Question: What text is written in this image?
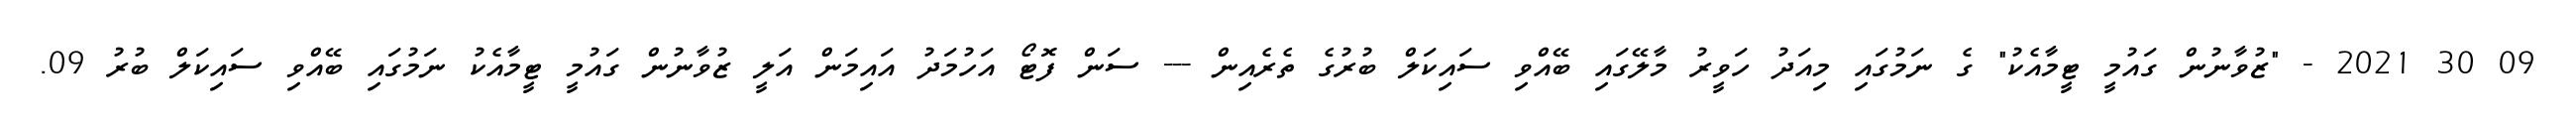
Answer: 09 30 2021 - "ޒުވާނުން ގައުމީ ޓީމާއެކު" ގެ ނަމުގައި މިއަދު ހަވީރު މާލޭގައި ބޭއްވި ސައިކަލް ބުރުގެ ތެރެއިން --- ސަން ފޮޓޯ އަހުމަދު އައިމަން އަލީ ޒުވާނުން ގައުމީ ޓީމާއެކު ނަމުގައި ބޭއްވި ސައިކަލް ބުރު 09.